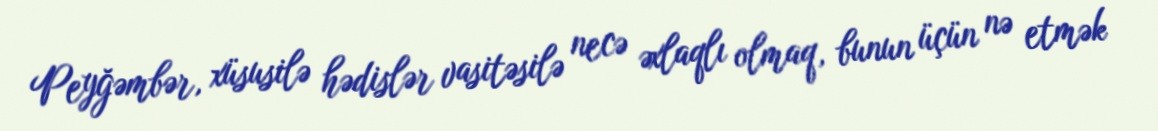
Peyğəmbər, xüsusilə hədislər vasitəsilə necə əxlaqlı olmaq, bunun üçün nə etmək